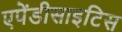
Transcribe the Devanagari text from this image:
एपेंडीसाइटिस